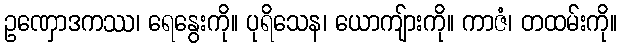
ဥဏှောဒကဿ၊ ရေနွေးကို။ ပုရိသေန၊ ယောကျ်ားကို။ ကာဇံ၊ တထမ်းကို။